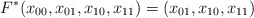
\begin{align*}F^* (x_{00},x_{01},x_{10},x_{11})=(x_{01},x_{10},x_{11})\end{align*}